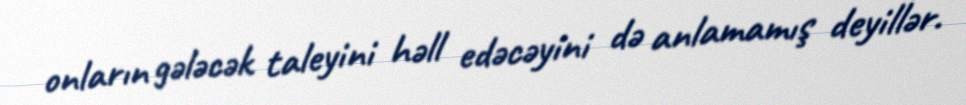
onların gələcək taleyini həll edəcəyini də anlamamış deyillər.